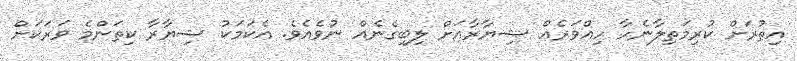
އިތުރަށް ކުރިމަތިލާނެހާ ހިއްވަރެއް ޝިޔާރާއަށް ލިބިގެނެއް ނުވެއެވެ. އެކަމަކު ޝިޔާރާ ކިތަންމެ ވަރަކަށް